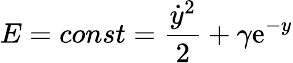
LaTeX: E=const={\frac{\dot{y}^{2}}{2}}+\gamma\mathrm{e}^{-y}